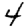
Digit: 4